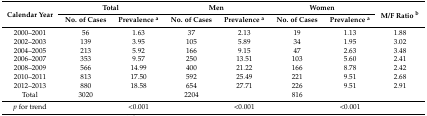
| <ROWSPAN=2> Calendar Year | <COLSPAN=2> Total | <COLSPAN=2> Men | <COLSPAN=2> Women | <ROWSPAN=2> M/F Ratio b |
 | No. of Cases | Prevalence a | No. of Cases | Prevalence a | No. of Cases | Prevalence a |
 | --- | --- | --- | --- | --- | --- | --- | --- |
 | 2000–2001 | 56 | 1.63 | 37 | 2.13 | 19 | 1.13 | 1.88 |
 | 2002–2003 | 139 | 3.95 | 105 | 5.89 | 34 | 1.95 | 3.02 |
 | 2004–2005 | 213 | 5.92 | 166 | 9.15 | 47 | 2.63 | 3.48 |
 | 2006–2007 | 353 | 9.57 | 250 | 13.51 | 103 | 5.60 | 2.41 |
 | 2008–2009 | 566 | 14.99 | 400 | 21.22 | 166 | 8.78 | 2.42 |
 | 2010–2011 | 813 | 17.50 | 592 | 25.49 | 221 | 9.51 | 2.68 |
 | 2012–2013 | 880 | 18.58 | 654 | 27.71 | 226 | 9.51 | 2.91 |
 | Total | 3020 |  | 2204 |  | 816 |  |  |
 | p for trend |  | <0.001 |  | <0.001 |  | <0.001 |  |